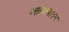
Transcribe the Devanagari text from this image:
रक्तोत्पादन